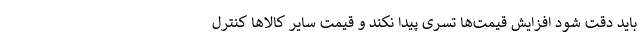
باید دقت شود افزایش قیمت‌ها تسری پیدا نکند و قیمت سایر کالاها کنترل